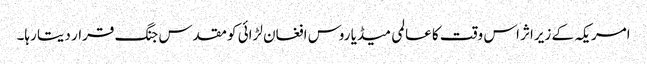
امریکہ کے زیراثر اس وقت کا عالمی میڈیا روس افغان لڑائی کو مقدس جنگ قرار دیتا رہا۔